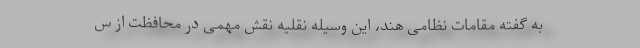
به گفته مقامات نظامی هند، این وسیله نقلیه نقش مهمی در محافظت از س